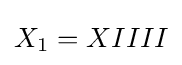
X_{1}=XIIII